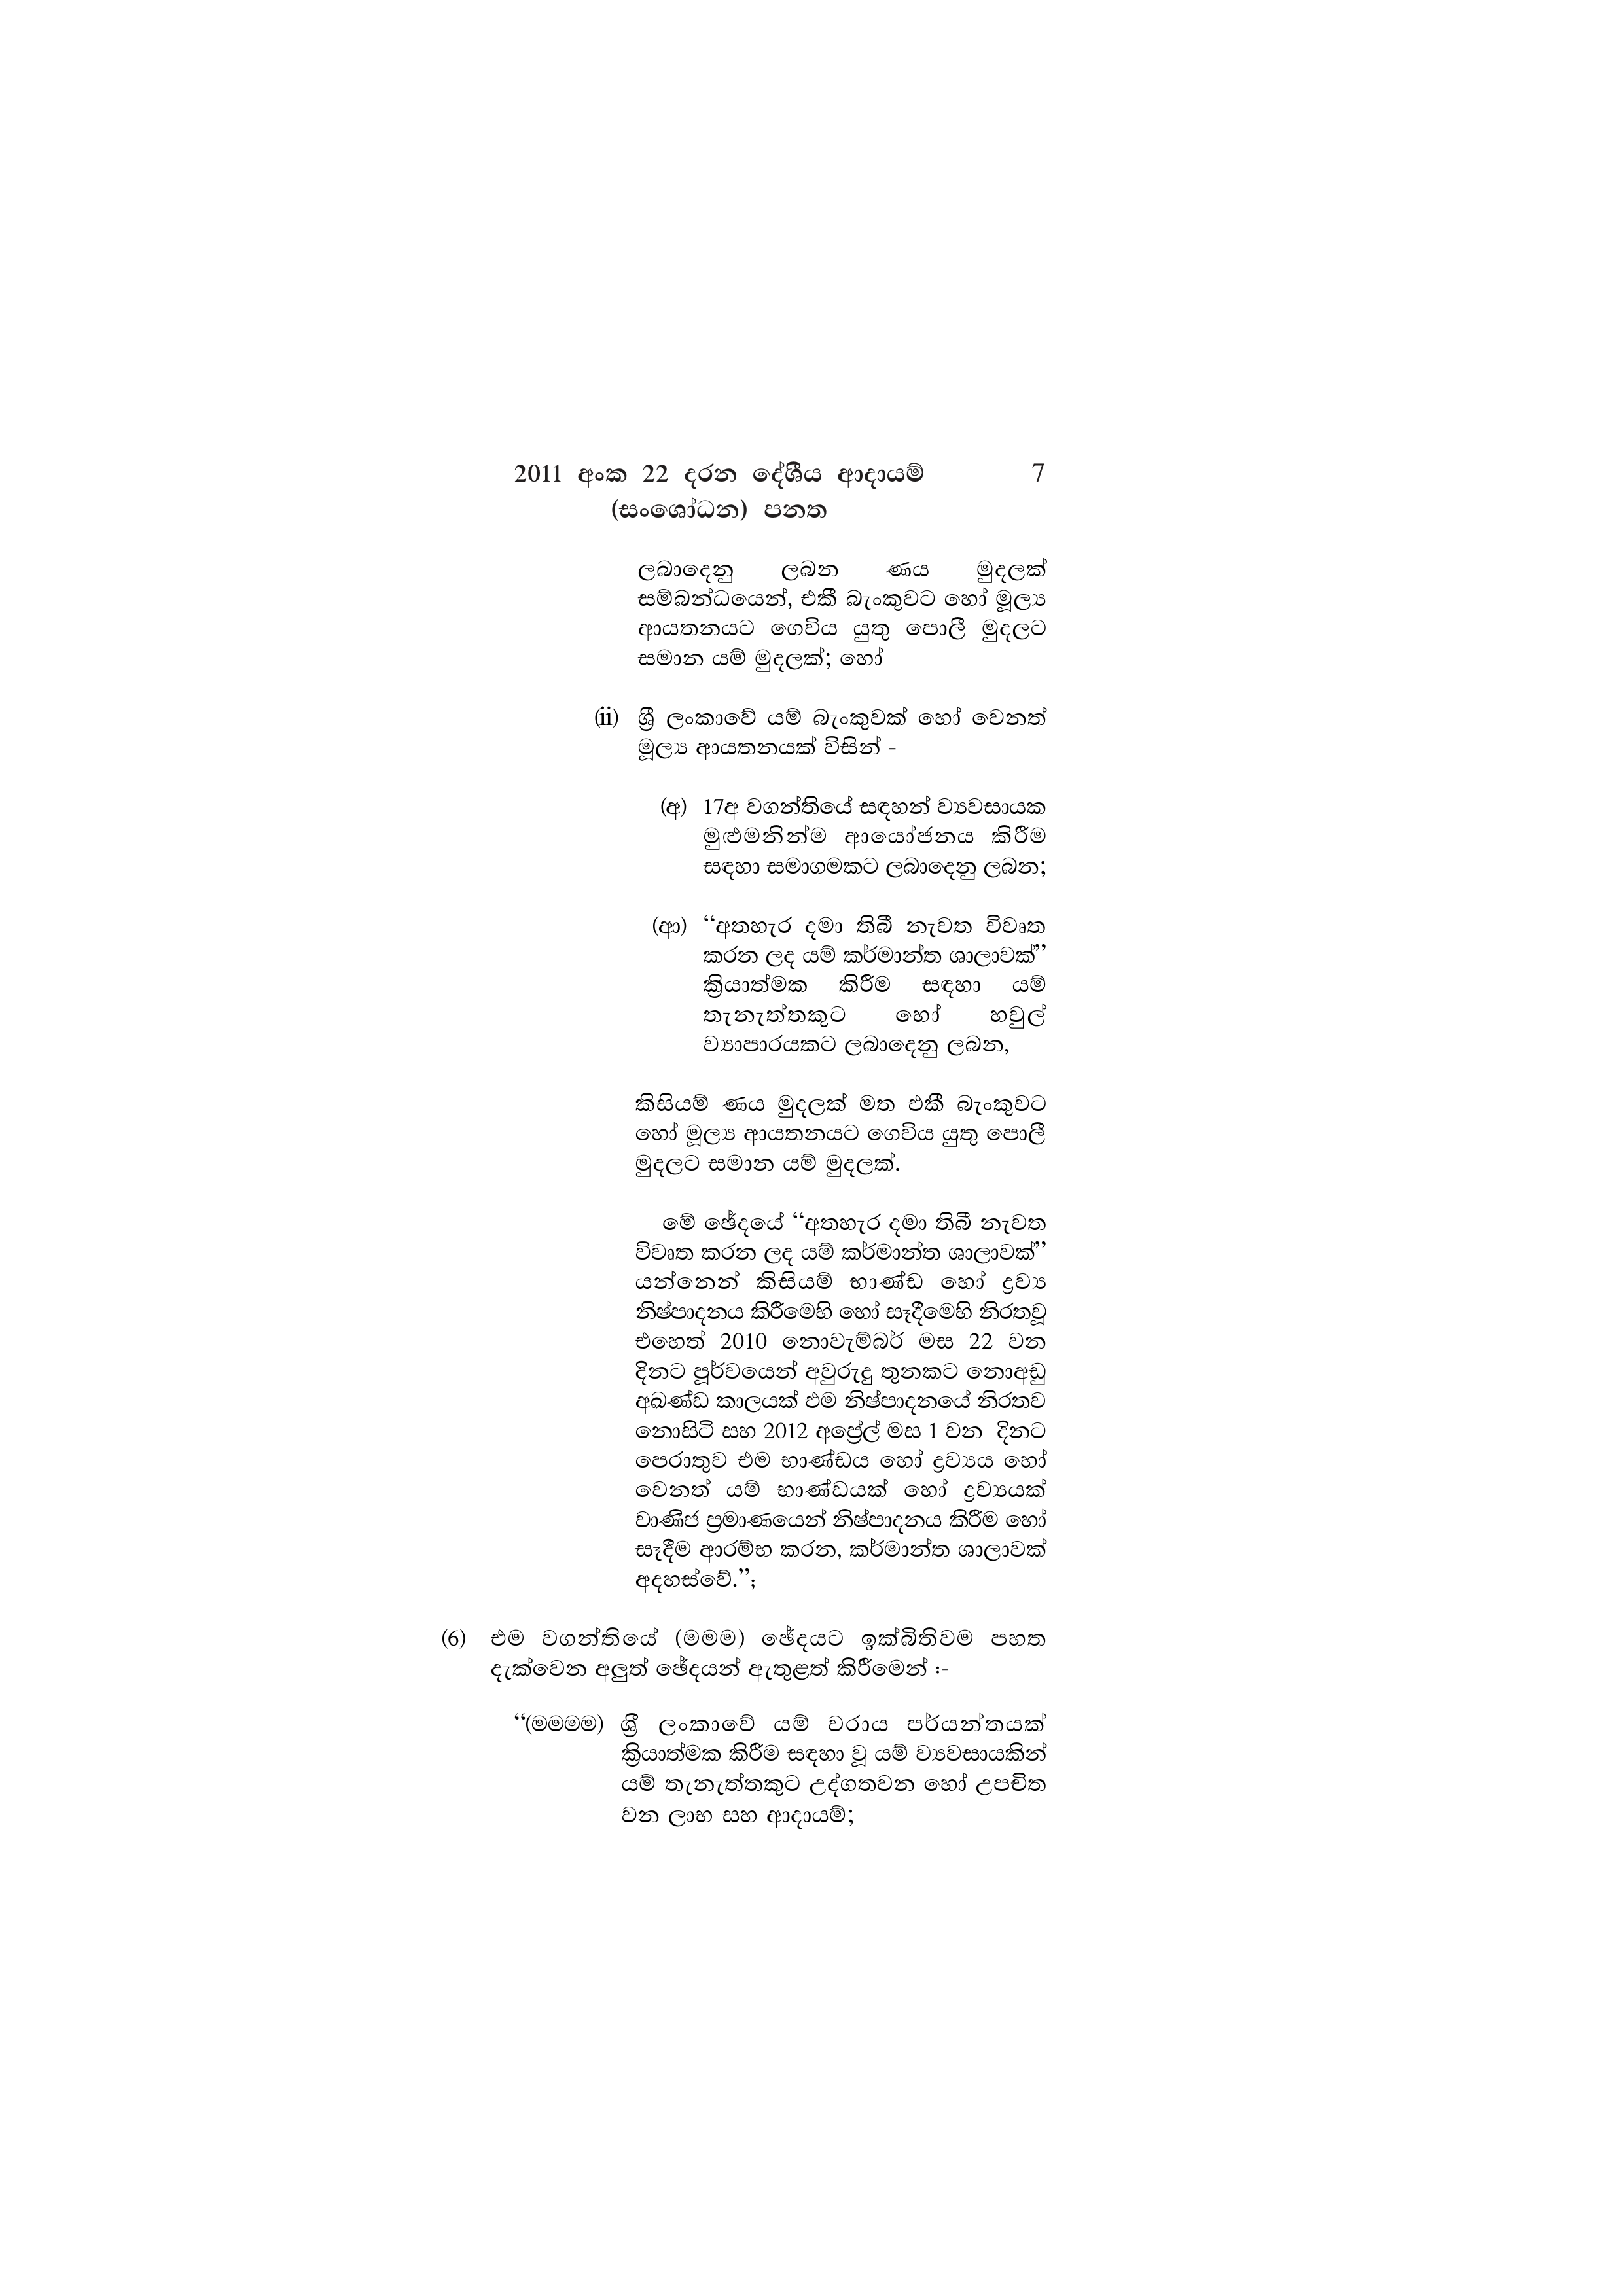
2011 අංක 22 දරන දේශීය ආදායම් 7
(සංශෝධන) පනත

ලබාදෙනු ලබන ණය මුදලක්
සම්බන්ධයෙන්, එකී බැංකුවට හෝ මූල්‍ය
ආයතනයට ගෙවිය යුතු පොලී මුදලට
සමාන යම් මුදලක්; හෝ

(ii) ශ්‍රී ලංකාවේ යම් බැංකුවක් හෝ වෙනත්
මූල්‍ය ආයතනයක් විසින් -

(අ) 17අ වගන්තියේ සඳහන් ව්‍යවසායක
මුළුමනින්ම ආයෝජනය කිරීම
සඳහා සමාගමකට ලබාදෙනු ලබන,

(ආ) “අතහැර දමා තිබී නැවත විවෘත
කරන ලද යම් කර්මාන්ත ශාලාවක්”
ක්‍රියාත්මක කිරීම සඳහා යම්
තැනැත්තකුට හෝ හවුල්
ව්‍යාපාරයකට ලබාදෙනු ලබන,

කිසියම් ණය මුදලක් මත එකී බැංකුවට
හෝ මූල්‍ය ආයතනයට ගෙවිය යුතු පොලී
මුදලට සමාන යම් මුදලක්.

මේ ඡේදයේ “අතහැර දමා තිබී නැවත
විවෘත කරන ලද යම් කර්මාන්ත ශාලාවක්”
යන්නෙන් කිසියම් භාණ්ඩ හෝ ද්‍රව්‍ය
නිෂ්පාදනය කිරීමෙහි හෝ සෑදීමෙහි නිරතවූ
එහෙත් 2010 නොවැම්බර් මස 22 වන
දිනට පූර්වයෙන් අවුරුදු තුනකට නොඅඩු
අඛණ්ඩ කාලයක් එම නිෂ්පාදනයේ නිරතව
නොසිටි සහ 2012 අප්‍රේල් මස 1 වන දිනට
පෙරාතුව එම භාණ්ඩය හෝ ද්‍රව්‍යය හෝ
වෙනත් යම් භාණ්ඩයක් හෝ ද්‍රව්‍යයක්
වාණිජ ප්‍රමාණයෙන් නිෂ්පාදනය කිරීම හෝ
සෑදීම ආරම්භ කරන, කර්මාන්ත ශාලාවක්
අදහස්වේ.”;

(6) එම වගන්තියේ (මමම) ඡේදයට ඉක්බිතිවම පහත
දැක්වෙන අලුත් ඡේදයන් ඇතුළත් කිරීමෙන් :-

“(මමමම) ශ්‍රී ලංකාවේ යම් වරාය පර්යන්තයක්
ක්‍රියාත්මක කිරීම සඳහා වූ යම් ව්‍යවසායකින්
යම් තැනැත්තකුට උද්ගතවන හෝ උපචිත
වන ලාභ සහ ආදායම්;